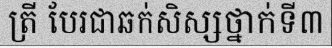
ត្រី បែរជាឆក់សិស្សថ្នាក់ទី៣